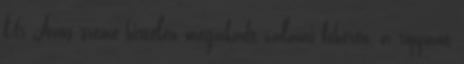
Úr Jézus szeme hirtelen megakadt valami fehéren, a roppant